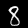
Label: 8